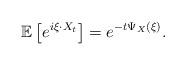
LaTeX: \begin{align*}&\mathbb E\left[e^{i\xi\cdot X_t}\right]=e^{-t\Psi_X(\xi)}.\end{align*}